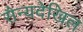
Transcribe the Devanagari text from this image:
सैन्यदेखिल